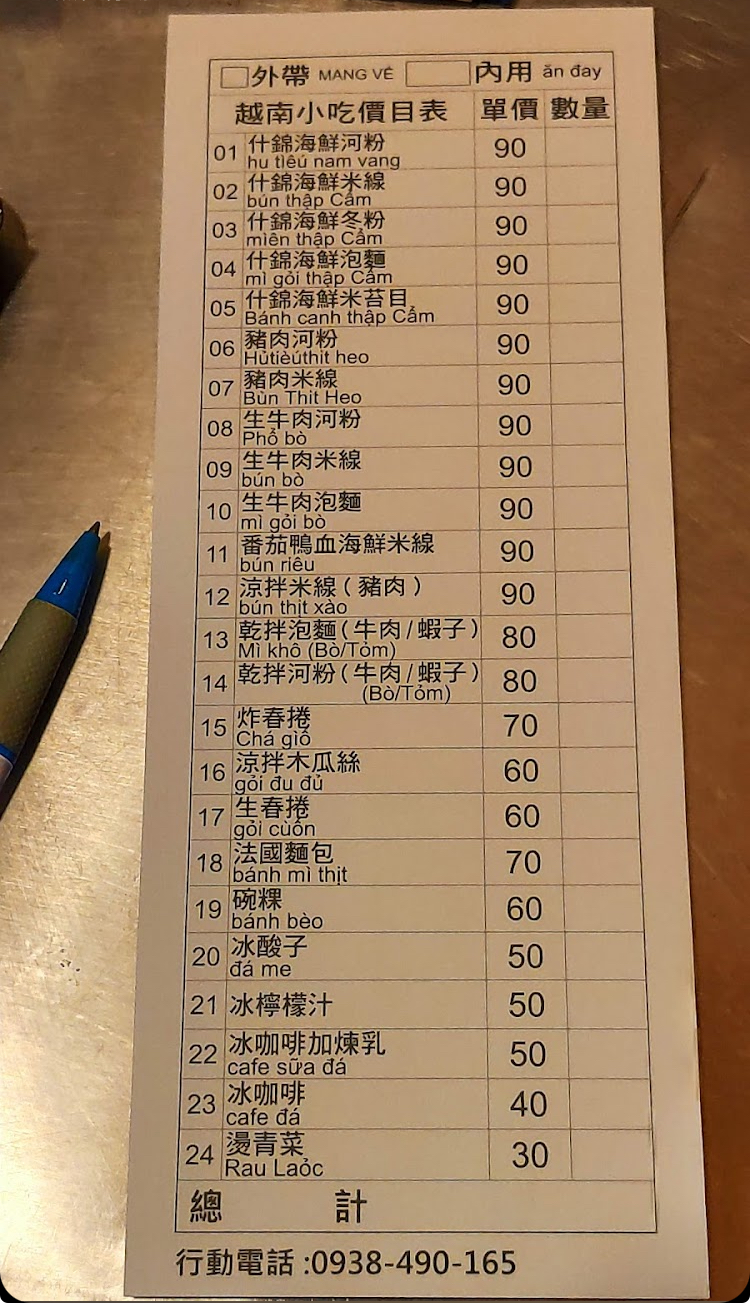
餐廳：越南小吃
電話：0938-490-165
菜單：
name: 什錦海鮮河粉
price: 90
name: 什錦海鮮米線
price: 90
name: 什錦海鮮冬粉
price: 90
name: 什錦海鮮泡麵
price: 90
name: 什錦海鮮米苔目
price: 90
name: 豬肉河粉
price: 90
name: 豬肉米線
price: 90
name: 生牛肉河粉
price: 90
name: 生牛肉米線
price: 90
name: 生牛肉泡麵
price: 90
name: 番茄鴨血海鮮米線
price: 90
name: 涼拌米線(豬肉)
price: 90
name: 乾拌泡麵(牛肉/蝦子)
price: 80
name: 乾拌河粉(牛肉/蝦子)
price: 80
name: 炸春捲
price: 70
name: 涼拌木瓜絲
price: 60
name: 生春捲
price: 60
name: 法國麵包
price: 70
name: 碗粿
price: 60
name: 冰酸子
price: 50
name: 冰檸檬汁
price: 50
name: 冰咖啡加煉乳
price: 50
name: 冰咖啡
price: 40
name: 燙青菜
price: 30